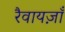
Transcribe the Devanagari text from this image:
रैवायज़ाँ